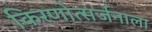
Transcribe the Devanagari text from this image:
किरणोत्सर्जनाला